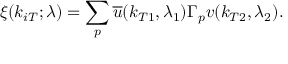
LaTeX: \xi ( k _ { i T } ; \lambda ) = \sum _ { p } { \overline { { u } } } ( k _ { T 1 } , \lambda _ { 1 } ) \Gamma _ { p } v ( k _ { T 2 } , \lambda _ { 2 } ) .